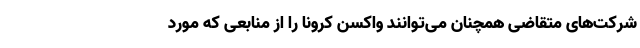
شرکت‌های متقاضی همچنان می‌توانند واکسن کرونا را از منابعی که مورد